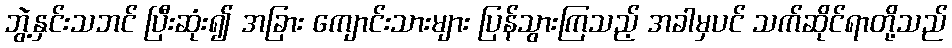
ဘွဲ့နှင်းသဘင် ပြီးဆုံး၍ အခြား ကျောင်းသားများ ပြန်သွားကြသည့် အခါမှပင် သက်ဆိုင်ရာတို့သည်